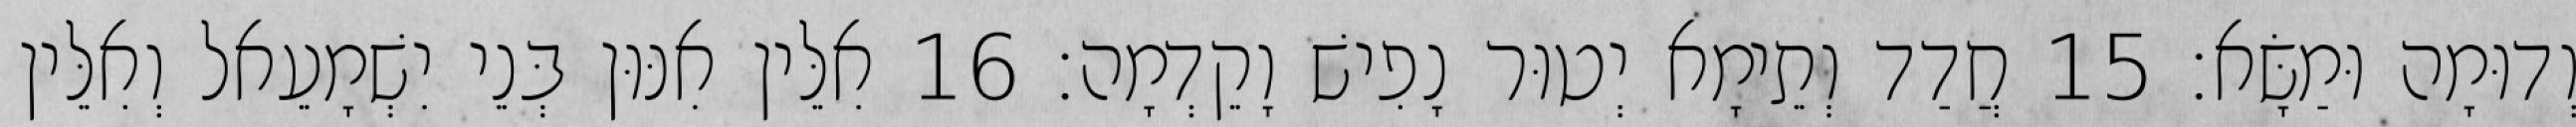
וְדוּמָה וּמַשָּׂא׃ 15 חֲדַד וְתֵימָא יְטוּר נָפִישׁ וָקֵדְמָה׃ 16 אִלֵּין אִנּוּן בְּנֵי יִשְׁמָעֵאל וְאִלֵּין